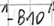
Text: "-B10"